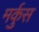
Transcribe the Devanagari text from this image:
मर्कुस